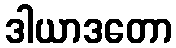
ဒါယာဒတော